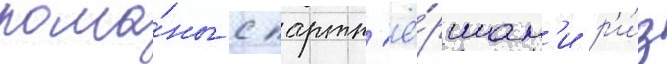
рома́ны с партн'ё́ршам'и р'и́з